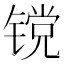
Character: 镋